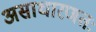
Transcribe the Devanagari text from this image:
असाधारणतः